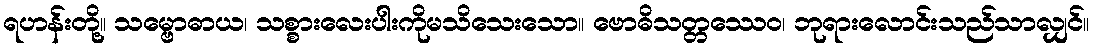
ရဟန်းတို့။ သမ္ဗောဓာယ၊ သစ္စားလေးပါးကိုမသိသေးသော။ ဗောဓိသတ္တဿေဝ၊ ဘုရားလောင်းသည်သာလျှင်။